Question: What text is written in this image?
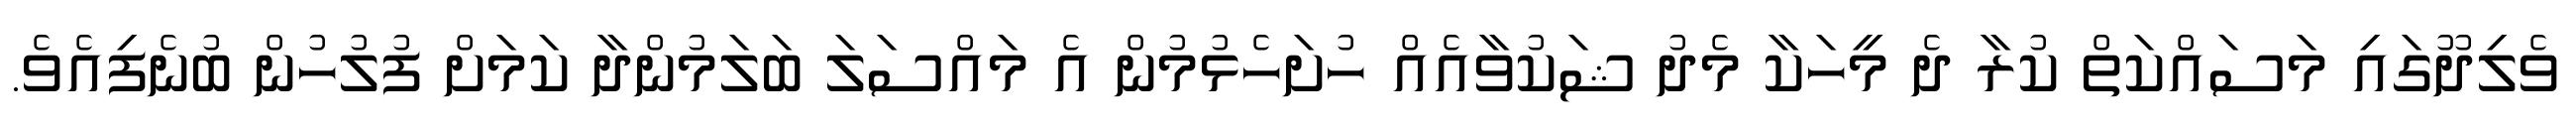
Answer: ވެލިދޫގައި މަސައްކަތް ކުރާ ދެ މީހަކާ މެދު ޝަކުވާއެއް ހުށަހެޅުމުން އެ މައްސަލަ ބަލަމުންދާ ކަމަށް ފުލުހުން ބުނެފިއެވެ.